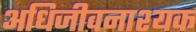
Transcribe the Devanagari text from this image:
अधिजीवनाश्यक